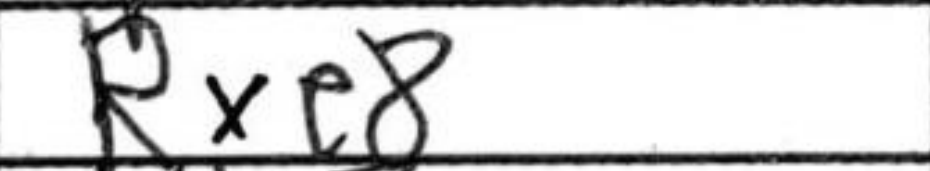
Transcription: Rxe8